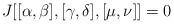
LaTeX: \begin{align*}J[[\alpha , \beta] ,[\gamma,\delta], [\mu,\nu]] =0\end{align*}